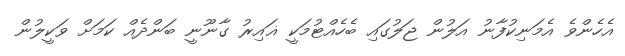
އެހެންވެ އެމަނިކުފާނު އަލުން ޖަލުގައި ބެހެއްޓުމަކީ ޣައިރު ގާނޫނީ ބަންދެއް ކަމަށް ވަކީލުން